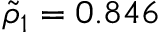
\tilde { \rho } _ { 1 } = 0 . 8 4 6